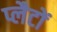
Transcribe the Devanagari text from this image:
प्लैटों